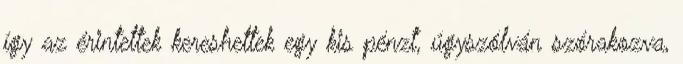
így az érintettek kereshettek egy kis pénzt, úgyszólván szórakozva,